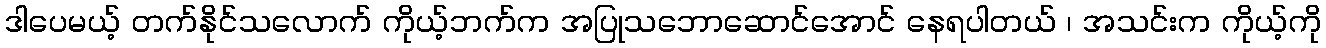
ဒါပေမယ့် တက်နိုင်သလောက် ကိုယ့်ဘက်က အပြုသဘောဆောင်အောင် နေရပါတယ် ၊ အသင်းက ကိုယ့်ကို